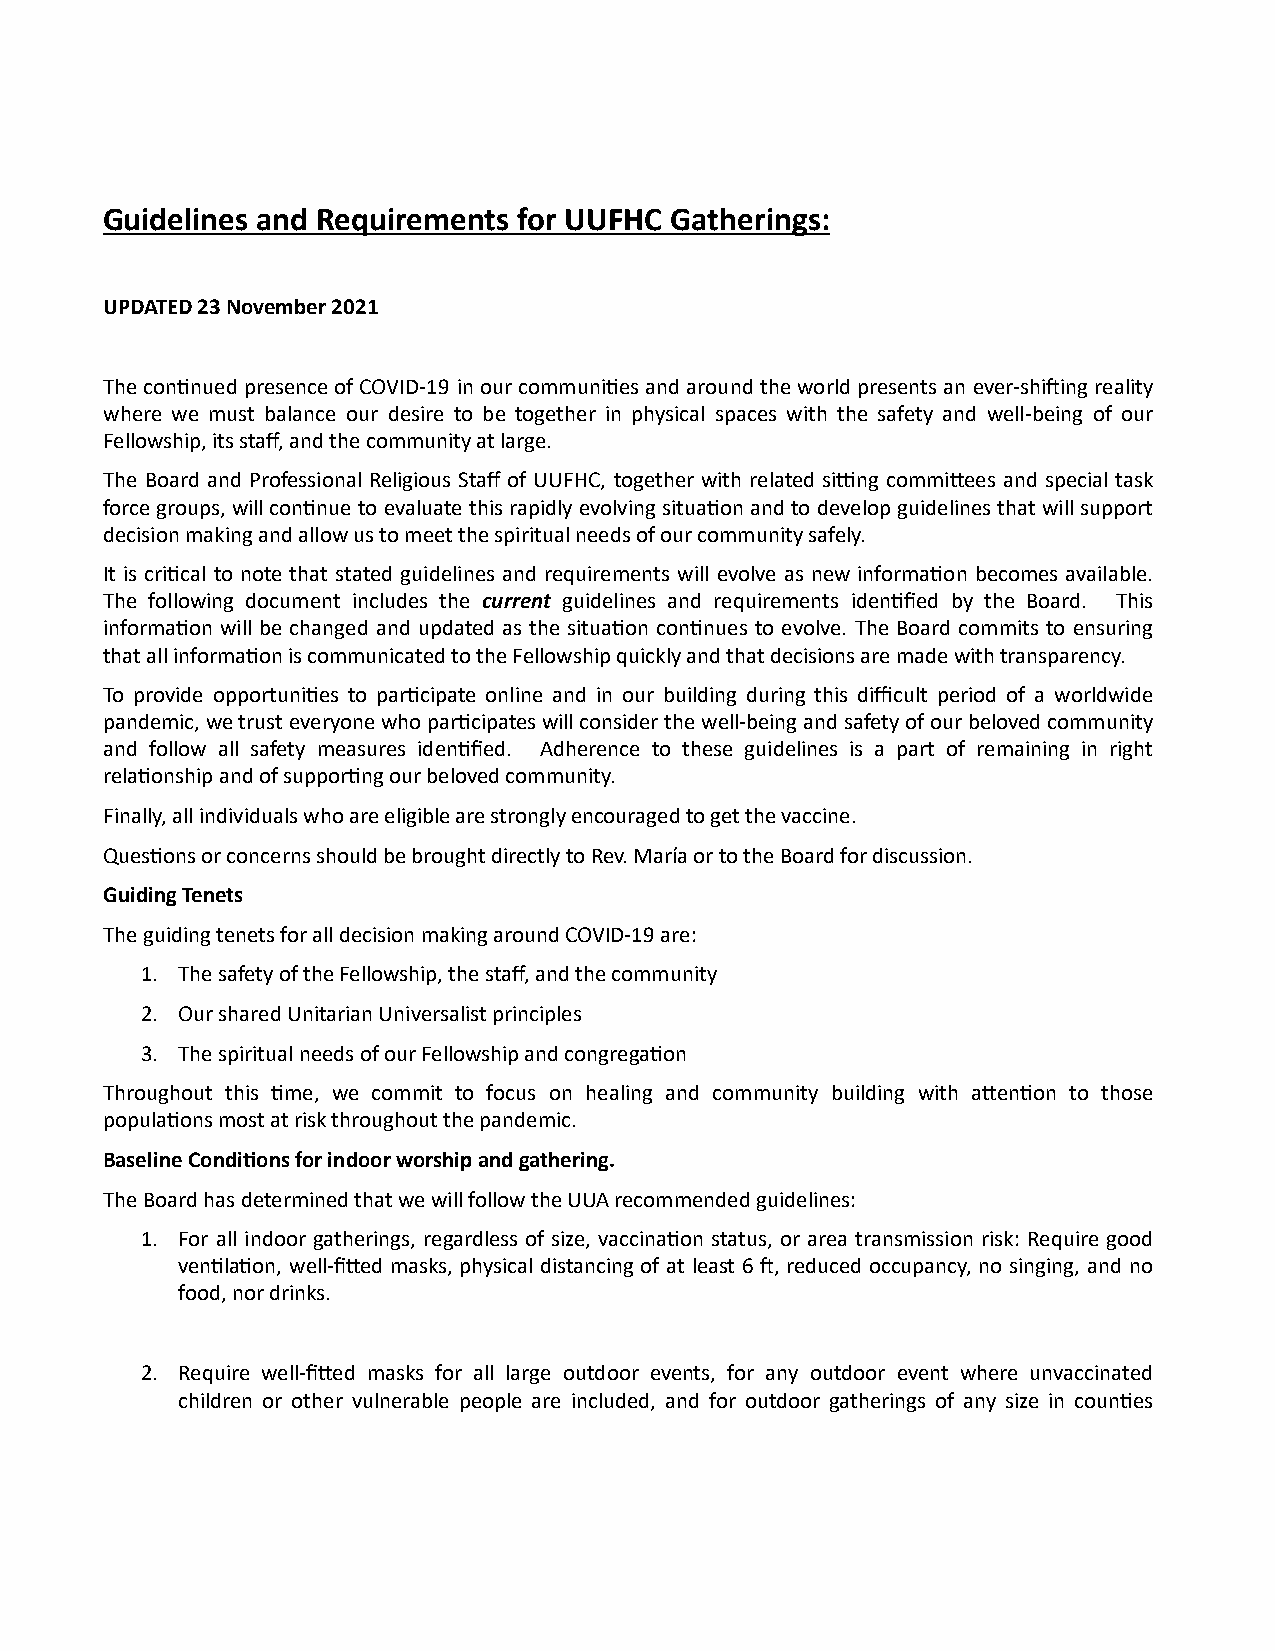
Guidelines and Requirements for UUFHC Gatherings:
 UPDATED 23 November 2021
 The con(nued presence of COVID-19 in our communi(es and around the world presents an ever-shi>ing reality
 where we must balance our desire to be together in physical spaces with the safety and well-being of our
 Fellowship, its staff, and the community at large.
 The Board and Professional Religious Staff of UUFHC, together with related siLng commiMees and special task
 force groups, will con(nue to evaluate this rapidly evolving situa(on and to develop guidelines that will support
 decision making and allow us to meet the spiritual needs of our community safely.
 It is cri(cal to note that stated guidelines and requirements will evolve as new informa(on becomes available.
 The following document includes the current guidelines and requirements iden(fied by the Board. This
 informa(on will be changed and updated as the situa(on con(nues to evolve. The Board commits to ensuring
 that all informa(on is communicated to the Fellowship quickly and that decisions are made with transparency.
 To provide opportuni(es to par(cipate online and in our building during this difficult period of a worldwide
 pandemic, we trust everyone who par(cipates will consider the well-being and safety of our beloved community
 and follow all safety measures iden(fied. Adherence to these guidelines is a part of remaining in right
 rela(onship and of suppor(ng our beloved community.
 Finally, all individuals who are eligible are strongly encouraged to get the vaccine.
 Ques(ons or concerns should be brought directly to Rev. María or to the Board for discussion.
 Guiding Tenets
 The guiding tenets for all decision making around COVID-19 are:
 1. The safety of the Fellowship, the staff, and the community
 2. Our shared Unitarian Universalist principles
 3. The spiritual needs of our Fellowship and congrega(on
 Throughout this (me, we commit to focus on healing and community building with aMen(on to those
 popula(ons most at risk throughout the pandemic.
 Baseline CondiFons for indoor worship and gathering.
 The Board has determined that we will follow the UUA recommended guidelines:
 1. For all indoor gatherings, regardless of size, vaccina(on status, or area transmission risk: Require good
 ven(la(on, well-fiMed masks, physical distancing of at least 6 >, reduced occupancy, no singing, and no
 food, nor drinks.
 2. Require well-fiMed masks for all large outdoor events, for any outdoor event where unvaccinated
 children or other vulnerable people are included, and for outdoor gatherings of any size in coun(es